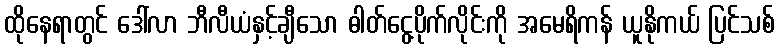
ထိုနေရာတွင် ဒေါ်လာ ဘီလီယံနှင့်ချီသော ဓါတ်ငွေ့ပိုက်လိုင်းကို အမေရိကန် ယူနိုကယ် ပြင်သစ်